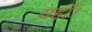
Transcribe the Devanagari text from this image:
यहाँ।